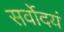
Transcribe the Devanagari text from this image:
सर्वोदयं